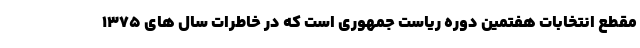
مقطع انتخابات هفتمین دوره ریاست جمهوری است که در خاطرات سال های ۱۳۷۵